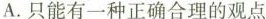
A. 只能有一种正确合理的观点